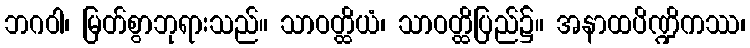
ဘဂဝါ၊ မြတ်စွာဘုရားသည်။ သာဝတ္ထိယံ၊ သာဝတ္ထိပြည်၌။ အနာထပိဏ္ဍိကဿ၊